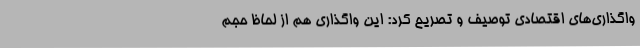
واگذاری‌های اقتصادی توصیف و تصریح کرد: این واگذاری هم از لحاظ حجم